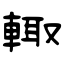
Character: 輙